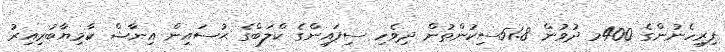
ފިރިހެނުންގެ 400މ ދުވުން 51.8ސިކުންތުން ދިވެހި ސިފައިންގެ ކްލަބްގެ ޙުސައިން އިނާޝް ކާމިޔާބުރިއިރު